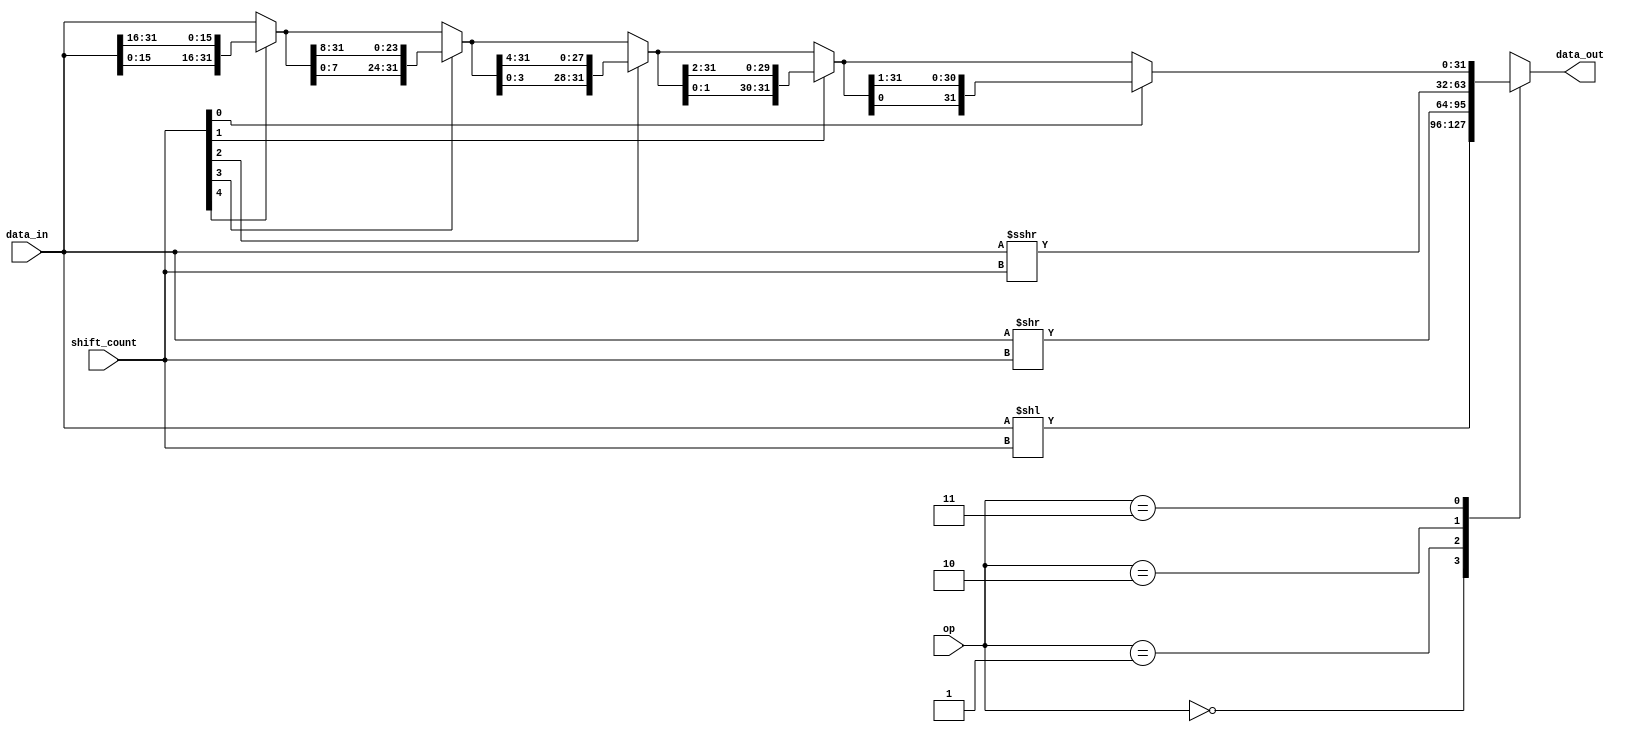
`timescale 1ns / 1ps
//////////////////////////////////////////////////////////////////////////////////
// Company: 
// Engineer: 
// 
// Design Name: 
// Module Name: barrel_shift_mips
// Project Name: 
// Target Devices: 
// Tool Versions: 
// Description: 
// 
// Dependencies: 
// 
// Revision:
// Revision 0.01 - File Created
// Additional Comments:
// 
//////////////////////////////////////////////////////////////////////////////////


module barrel_shift_mips
#(parameter DATA_WIDTH = 32 , parameter ADDR_WIDTH = 5 , parameter lo_l = 0 , parameter lo_r = 1 , parameter al_r = 2 , parameter ci_r = 3)
(
	input [(DATA_WIDTH -1):0] data_in,
	input [(ADDR_WIDTH -1):0] shift_count,
	input [1:0] op,
	output reg [(DATA_WIDTH -1):0] data_out
);
	//integer i;
	reg [(DATA_WIDTH -1):0] inter1;
	reg [(DATA_WIDTH -1):0] inter2;
    	always@(*)
    	begin
    	   inter1 = 32'h0;
    	   inter2 = 32'h0;
    		data_out = data_in;
		case(op)
	 	lo_l: data_out = data_in << shift_count;
		lo_r: data_out = data_in >> shift_count;
		al_r: data_out = $signed(data_in) >>> shift_count;
		ci_r: begin 
			if(shift_count[4] == 1'b1) data_out = {data_out[15:0] , data_out[31:16]};
			if(shift_count[3] == 1'b1) data_out = {data_out[7:0] , data_out[31:8]};
			if(shift_count[2] == 1'b1) data_out = {data_out[3:0] , data_out[31:4]};
			if(shift_count[1] == 1'b1) data_out = {data_out[1:0] , data_out[31:2]};
			if(shift_count[0] == 1'b1) data_out = {data_out[0] , data_out[31:1]};
			
			end
		endcase
	end
endmodule